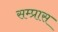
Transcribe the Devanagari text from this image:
सम्प्रास